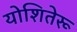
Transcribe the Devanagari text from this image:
योशितेरू